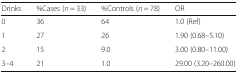
<table><thead><tr><td><b>Drinks</b></td><td><b>%Cases (<i>n</i> = 33)</b></td><td><b>%Controls (<i>n</i> = 78)</b></td><td><b>OR</b></td></tr></thead><tbody><tr><td>0</td><td>36</td><td>64</td><td>1.0 (Ref)</td></tr><tr><td>1</td><td>27</td><td>26</td><td>1.90 (0.68–5.10)</td></tr><tr><td>2</td><td>15</td><td>9.0</td><td>3.00 (0.80–11.00)</td></tr><tr><td>3–4</td><td>21</td><td>1.0</td><td>29.00 (3.20–260.00)</td></tr></tbody></table>